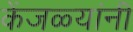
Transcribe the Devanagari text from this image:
केंजळ्यांनी